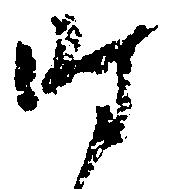
時